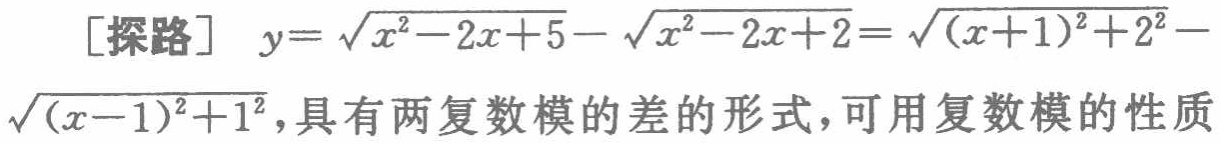
[探路] \(y = \sqrt{x^{2}-2x + 5}-\sqrt{x^{2}-2x + 2}=\sqrt{(x + 1)^{2}+2^{2}}-\sqrt{(x - 1)^{2}+1^{2}}\)，具有两复数模的差的形式，可用复数模的性质